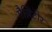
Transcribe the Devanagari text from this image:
गैज़िटीर